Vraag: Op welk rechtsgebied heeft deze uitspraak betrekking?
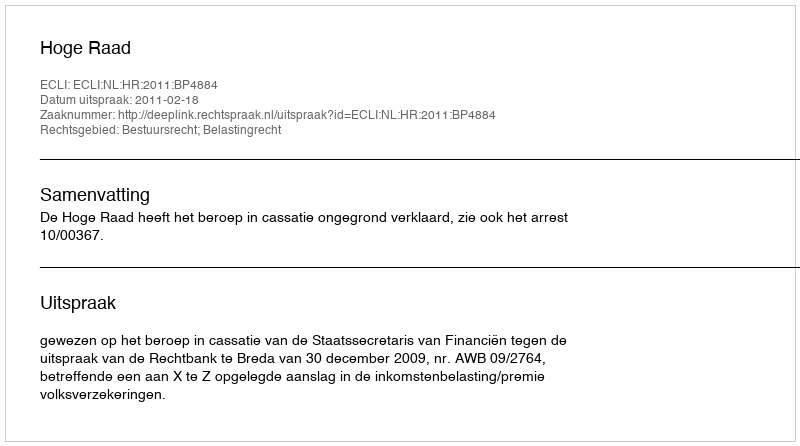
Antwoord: Bestuursrecht; Belastingrecht